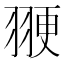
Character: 𫅩